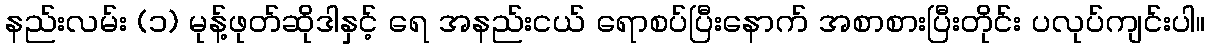
နည်းလမ်း (၁) မုန့်ဖုတ်ဆိုဒါနှင့် ရေ အနည်းငယ် ရောစပ်ပြီးနောက် အစာစားပြီးတိုင်း ပလုပ်ကျင်းပါ။